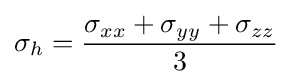
\sigma _{h}={\frac {\sigma _{xx}+\sigma _{yy}+\sigma _{zz}}{3}}